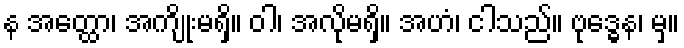
န အတ္ထော၊ အကျိုးမရှိ။ ဝါ၊ အလိုမရှိ။ အဟံ၊ ငါသည်။ ဗုဒ္ဓေန၊ မှ။